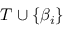
T \cup \{ \beta _ { i } \}